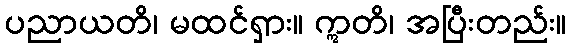
ပညာယတိ၊ မထင်ရှား။ ဣတိ၊ အပြီးတည်း။